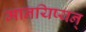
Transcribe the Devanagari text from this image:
मानयिष्यन्